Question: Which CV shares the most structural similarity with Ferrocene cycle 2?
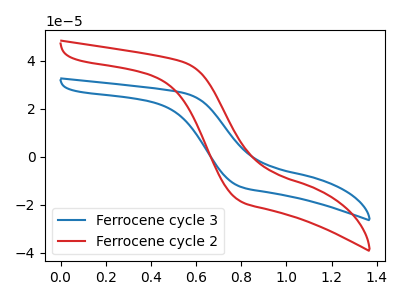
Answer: <think>The blue curve "Ferrocene cycle 3" has no peaks. The red curve "Ferrocene cycle 2" has no peaks.
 Neither "Ferrocene cycle 3" or "Ferrocene cycle 2" have any peaks.</think>
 <answer>The CV with the most similar shape to "Ferrocene cycle 3" is "Ferrocene cycle 2".</answer>
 <eval>"Ferrocene cycle 2"</eval>